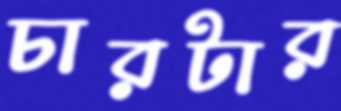
চারটার